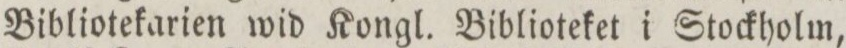
Bibliotekarien wid Kongl. Biblioteket i Stockholm,